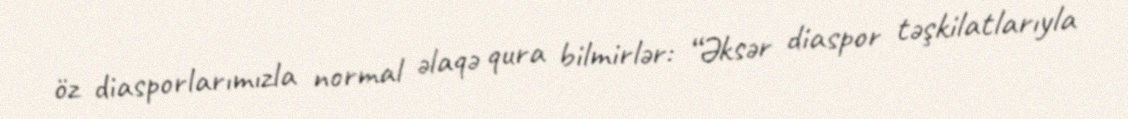
öz diasporlarımızla normal əlaqə qura bilmirlər: “Əksər diaspor təşkilatlarıyla